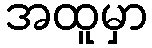
အထူမှာ